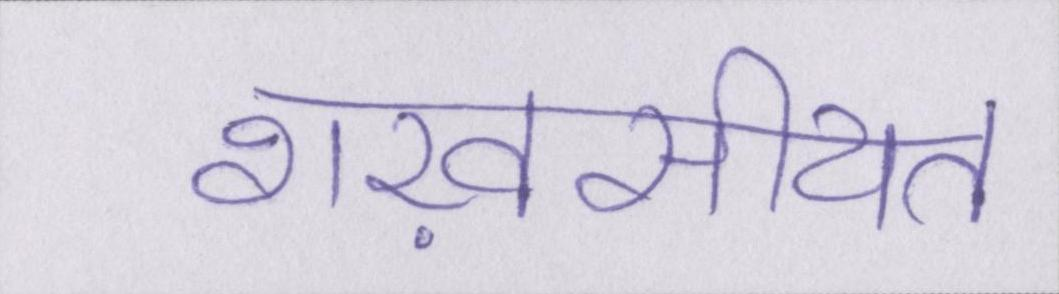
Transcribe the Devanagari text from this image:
शख़सीयत